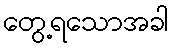
တွေ့ရသောအခါ